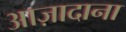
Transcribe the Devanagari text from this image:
आज़ादाना